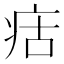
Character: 㽽